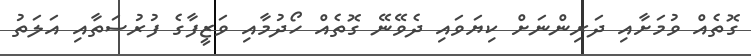
ގޮތެއް ވުމަށާއި ދަރިންނަށް ކިޔަވައި ދެވޭނޭ ގޮތެއް ހޯދުމާއި ވަޒީފާގެ ފުރުސަތާއި އަލަތު